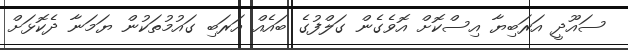
ސައޫދީ އަރަބިޔާ އިސްކޮށް އޮވެގެން ގަލްފުގެ ބައެއް އަރަބި ގައުމުތަކުން ޔަމަނާ ދެކޮޅަށް